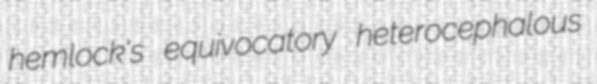
hemlock's equivocatory heterocephalous